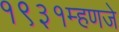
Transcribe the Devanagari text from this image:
१९३१म्हणजे